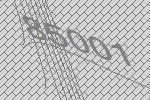
85001